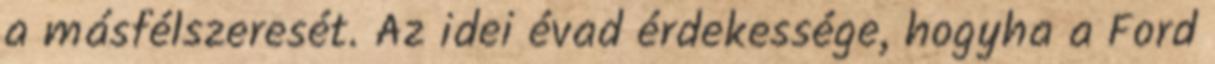
a másfélszeresét. Az idei évad érdekessége, hogyha a Ford